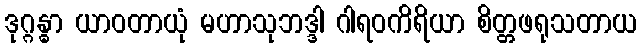
ဒုဂ္ဂန္ဓာ ယာဝတာယုံ မဟာသုဘဒ္ဒါ ဂါရဝကိရိယာ စိတ္တဖရုသတာယ